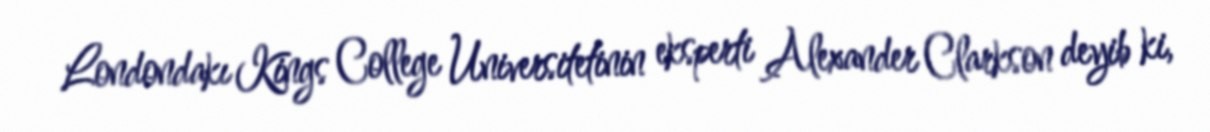
Londondakı Kings College Universitetinin eksperti Alexander Clarkson deyib ki,